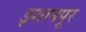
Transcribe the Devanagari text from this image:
इशानपूर